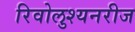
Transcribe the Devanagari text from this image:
रिवोलुश्यनरीज